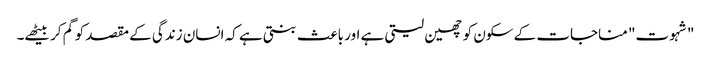
"شہوت" مناجات کے سکون کو چھین لیتی ہے اور باعث بنتی ہے کہ انسان زندگی کے مقصد کو گم کر بیٹھے۔